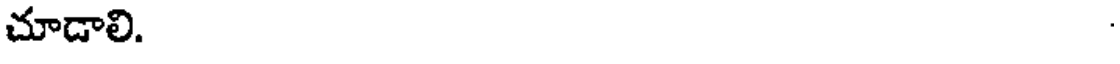
చూడాలి.